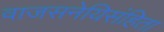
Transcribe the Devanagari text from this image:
वाजसनेयिसंहिता